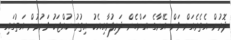
ދޮރުން އެތެރެއަށް ވަން އޭނާގެ އަންހެން ދަރިފުޅާއިއެކު އިތުރު ކުއްޖަކު ވަނުމުން އަތުގައި